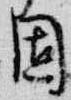
固